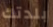
بلدتك